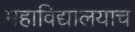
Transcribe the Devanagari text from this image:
महाविद्यालयाच